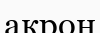
акрон